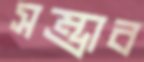
সম্ভাব